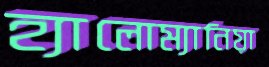
হ্যালোম্যানিয়া